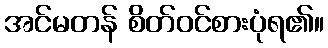
အင်မတန် စိတ်ဝင်စားပုံရ၏။